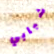
شبابي